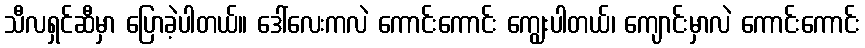
သီလရှင်ဆီမှာ ပြောခဲ့ပါတယ်။ ဒေါ်လေးကလဲ ကောင်းကောင်း ကျွေးပါတယ်၊ ကျောင်းမှာလဲ ကောင်းကောင်း